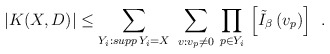
\begin{align*}\left. |K(X,D)| \leq \sum_{Y_{i}: supp \, Y_{i} = X} \ \sum_{v: v_{p} \neq 0} \, \prod_{p \in Y_{i}} \, \left[ \tilde{I}_{\beta} \, (v_{p}) \right] \right. \ .\end{align*}